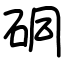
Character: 硐